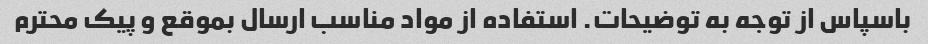
باسپاس از توجه به توضیحات. استفاده از مواد مناسب ارسال بموقع و پیک محترم